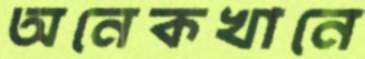
অনেকখানে